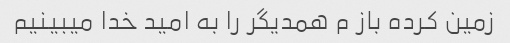
زمین کرده باز م همدیگر را به امید خدا میبینیم